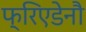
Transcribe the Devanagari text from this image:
फ्रिएडेनौ